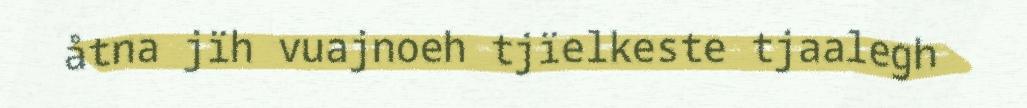
åtna jïh vuajnoeh tjïelkeste tjaalegh